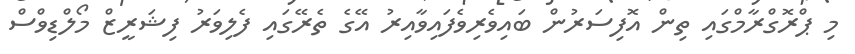
މި ޕްރޮގްރާމްގައި ތިން އޮފިސަރުން ބައިވެރިވެފައިވާއިރު އޭގެ ތެރޭގައި ފެލިވަރު ފިޝަރީޒް މޯލްޑިވްސް